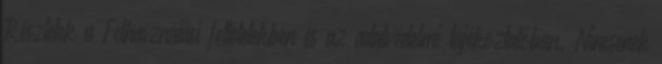
Részletek a Felhasználási feltételekben és az adatvédelmi tájékoztatóban. Nincsenek